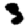
Digit: 3